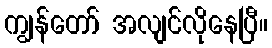
ကျွန်တော် အလျင်လိုနေပြီ။